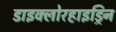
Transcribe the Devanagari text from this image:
डाइक्लोरहाइड्रिन